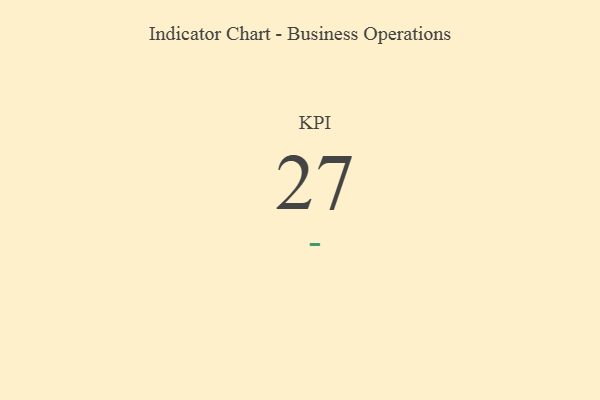
{"axis": {"x": "KPI", "y": "Value"}, "legend": [""], "data": [{"x": "KPI", "y": 27, "type": ""}]}